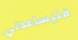
فليساعدني